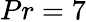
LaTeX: Pr=7